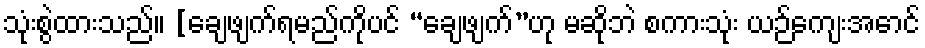
သုံးစွဲထားသည်။ [ချေဖျက်ရမည်ကိုပင် “ချေဖျက်”ဟု မဆိုဘဲ စကားသုံး ယဉ်ကျေးအောင်